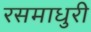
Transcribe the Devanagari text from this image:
रसमाधुरी